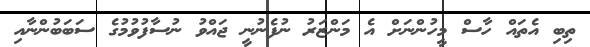
ތިބި އެތައް ހާސް މީހުންނަށް އެ މަންޒަރު ނުފެނުނީ ޖައްވު ނުސާފުވުމުގެ ސަބަބުންނާއި